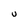
Character: U